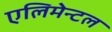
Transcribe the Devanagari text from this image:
एलिमेन्टल